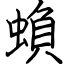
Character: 蝜